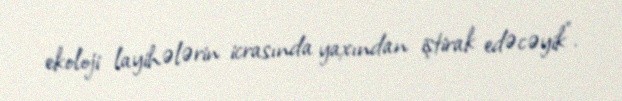
ekoloji layihələrin icrasında yaxından iştirak edəcəyik".